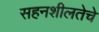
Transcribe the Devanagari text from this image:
सहनशीलतेचे